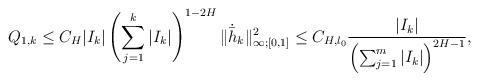
LaTeX: \begin{align*}Q_{1,k}\leq C_{H}|I_k|\left(\sum_{j=1}^k|I_{k}|\right)^{1-2H} \|\dot{\bar{h}}_{k}\|_{\infty;[0,1]}^{2}\leq C_{H,l_0}\frac{|I_k|}{\left(\sum_{j=1}^m|I_{k}|\right)^{2H-1}},\end{align*}